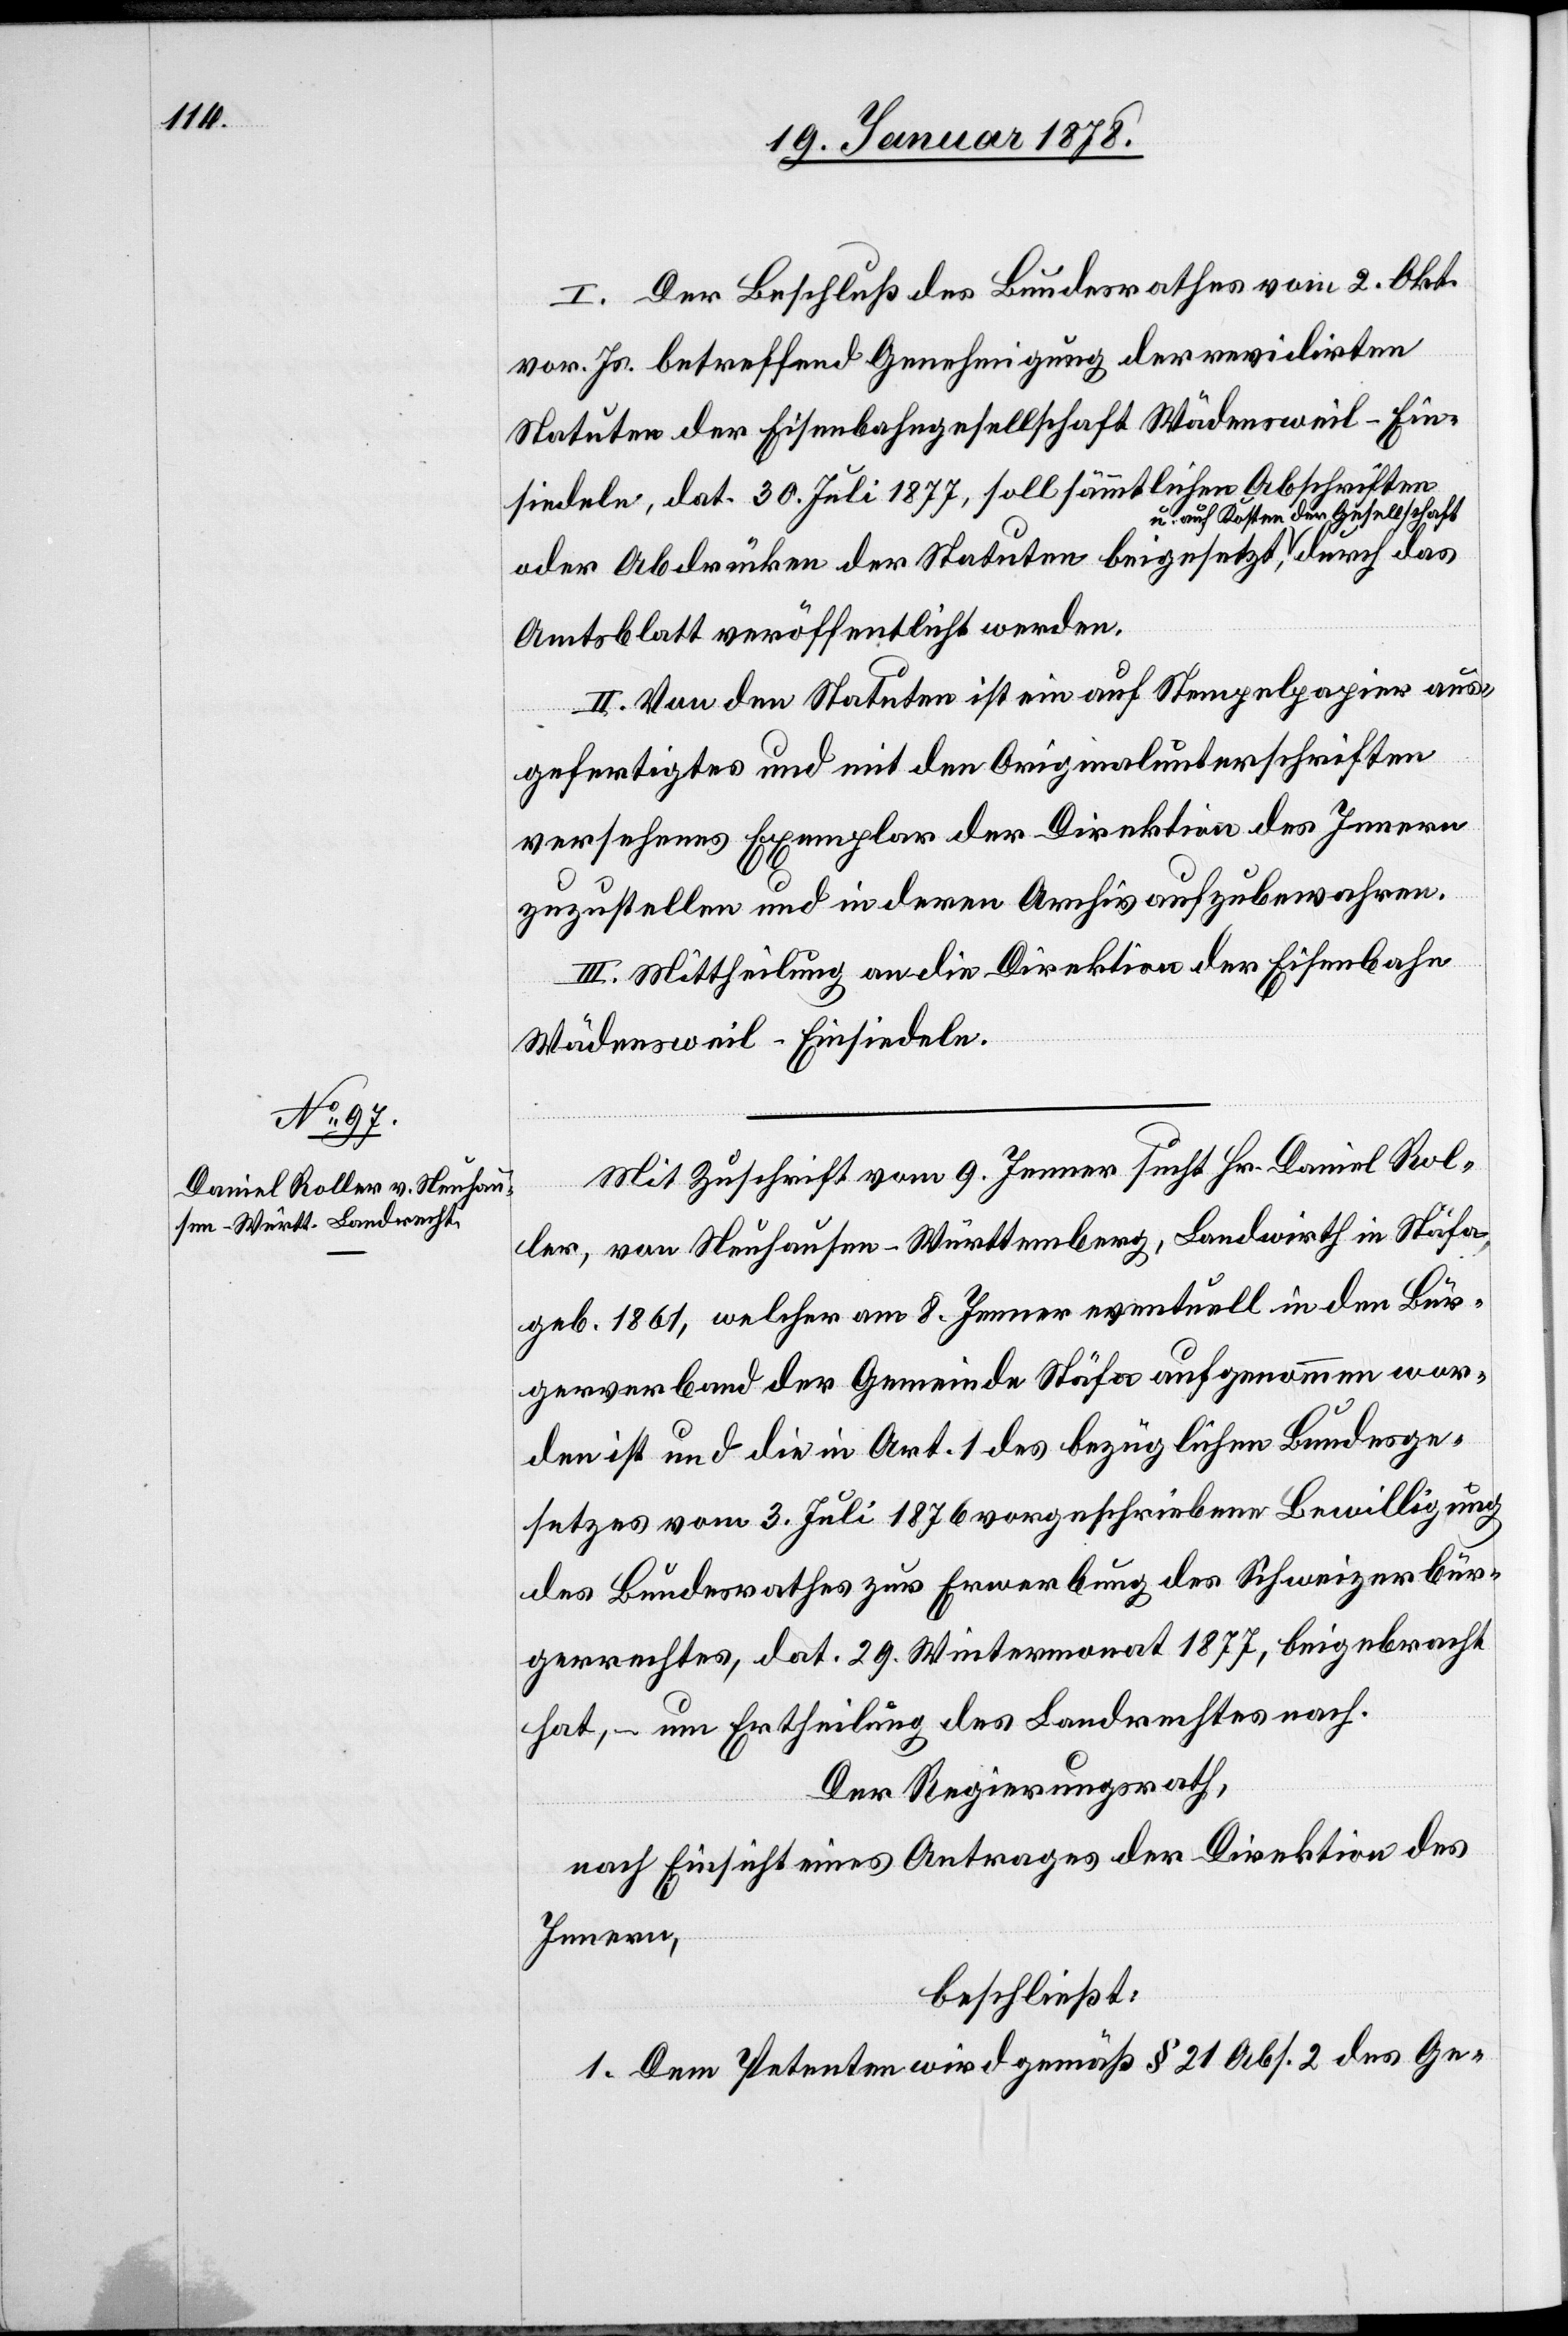
I. Der Beschluß des Bundesrathes vom 2. Okt.
vor. Js. betreffend Genehmigung der revidirten
Statuten der Eisenbahngesellschaft Wädensweil–Ein¬
siedeln, dat. 30. Juli 1877, soll sämmtlichen Abschriften
uf Kosten der Gesellschaft-a
oder Abdrücken der Statuten beigesetzt a-u. a¬
Amtsblatt veröffentlicht werden.
II. Von den Statuten ist ein auf Stempelpapier aus¬
gefertigtes und mit den Originalunterschriften
versehenes Exemplar der Direktion des Innern
zuzustellen und in deren Archiv aufzubewahren.
III. Mittheilung an die Direktion der Eisenbahn
Wädensweil–Einsiedeln.
Mit Zuschrift vom 9. Jenner sucht Hr. Daniel Rol¬
ler, von Neuhausen - Württemberg, Landwirth in Stäfa,
geb. 1861, welcher am 8. Jenner eventuell in den Bür¬
gerverband der Gemeinde Stäfa aufgenommen wor¬
den ist und die in Art. 1 des bezüglichen Bundesge¬
setzes vom 3. Juli 1876 vorgeschriebene Bewilligung
des Bundesrathes zur Erwerbung des Schweizerbür¬
gerrechtes, dat. 29. Wintermonat 1877, beigebracht
hat, – um Ertheilung des Landrechtes nach.
Der Regierungsrath,
nach Einsicht eines Antrages der Direktion des
Innern,
beschließt:
1. Dem Petenten wird gemäß § 21 Abs. 2 des Ge-